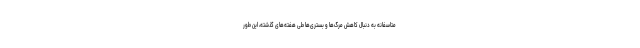
متاسفانه به دنبال کاهش مرگ‌ها و بستری‌ها طی هفته‌های گذشته، این طور